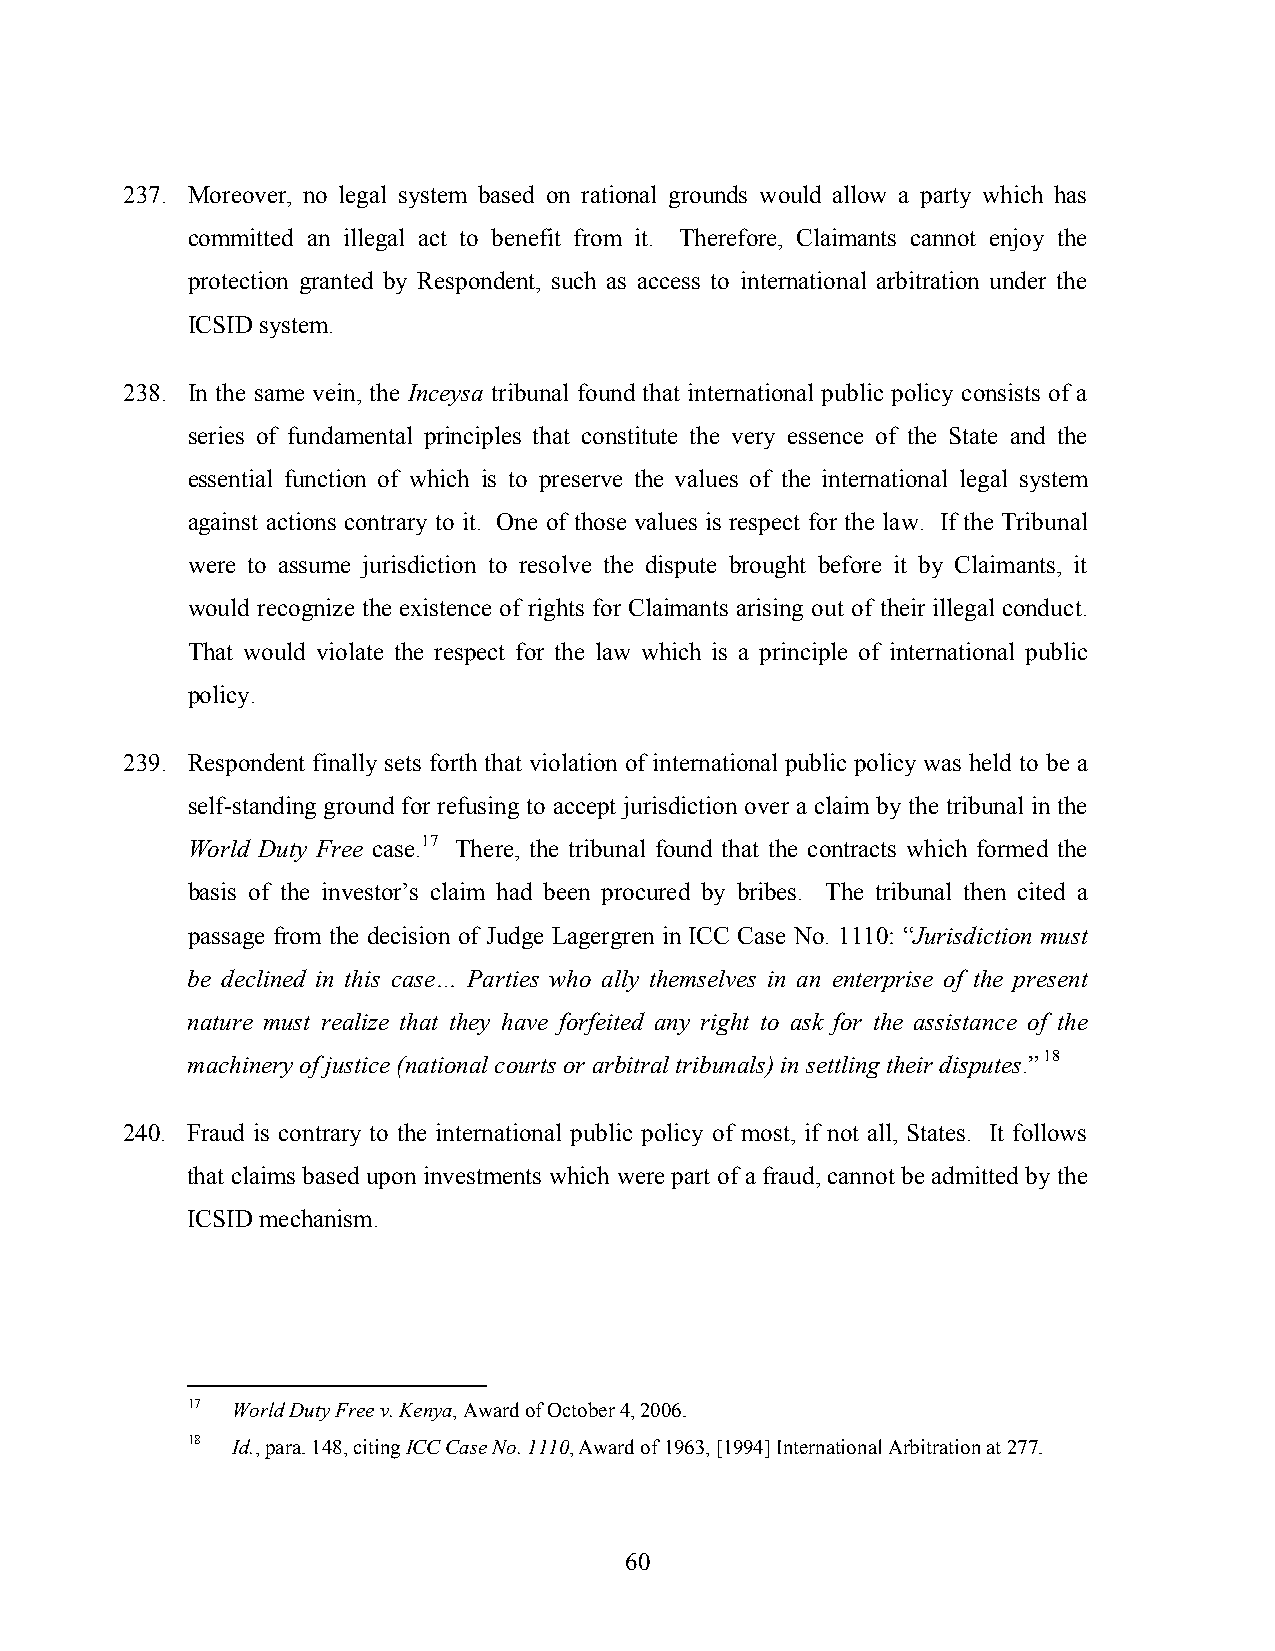
237. Moreover, no legal system based on rational grounds would allow a party which has
 committed an illegal act to benefit from it. Therefore, Claimants cannot enjoy the
 protection granted by Respondent, such as access to international arbitration under the
 ICSID system.
 238. In the same vein, the Inceysa tribunal found that international public policy consists of a
 series of fundamental principles that constitute the very essence of the State and the
 essential function of which is to preserve the values of the international legal system
 against actions contrary to it. One of those values is respect for the law. If the Tribunal
 were to assume jurisdiction to resolve the dispute brought before it by Claimants, it
 would recognize the existence of rights for Claimants arising out of their illegal conduct.
 That would violate the respect for the law which is a principle of international public
 policy.
 239. Respondent finally sets forth that violation of international public policy was held to be a
 self-standing ground for refusing to accept jurisdiction over a claim by the tribunal in the
 World Duty Free case.17 There, the tribunal found that the contracts which formed the
 basis of the investor’s claim had been procured by bribes. The tribunal then cited a
 passage from the decision of Judge Lagergren in ICC Case No. 1110: “Jurisdiction must
 be declined in this case… Parties who ally themselves in an enterprise of the present
 nature must realize that they have forfeited any right to ask for the assistance of the
 machinery of justice (national courts or arbitral tribunals) in settling their disputes.” 18
 240. Fraud is contrary to the international public policy of most, if not all, States. It follows
 that claims based upon investments which were part of a fraud, cannot be admitted by the
 ICSID mechanism.
 17 World Duty Free v. Kenya, Award of October 4, 2006.
 18 Id., para. 148, citing ICC Case No. 1110, Award of 1963, [1994] International Arbitration at 277.
 60